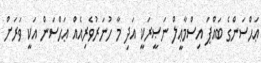
ޢަޙްސަންގެ ބައްޕަ އިސްމާޢީލް ނަޞީރަކީ އަދި މާ ހުނަރުވެރިއެއް ޢަޙްސަން އަކީ ވަރަށް